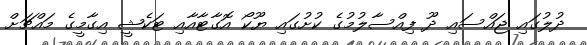
ދުލުގައި ޖައްސައި ދޫ ފިއްސާލުމުގެ ކުށުގައި ޔޫކޯ އޮގާޓާއާއި ޓަކެޝީ އިގާމީގެ މައްޗަށް